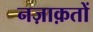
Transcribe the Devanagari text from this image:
नज़ाक़तों